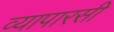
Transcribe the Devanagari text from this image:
व्यापारसी